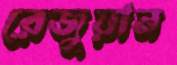
রেজুয়ান